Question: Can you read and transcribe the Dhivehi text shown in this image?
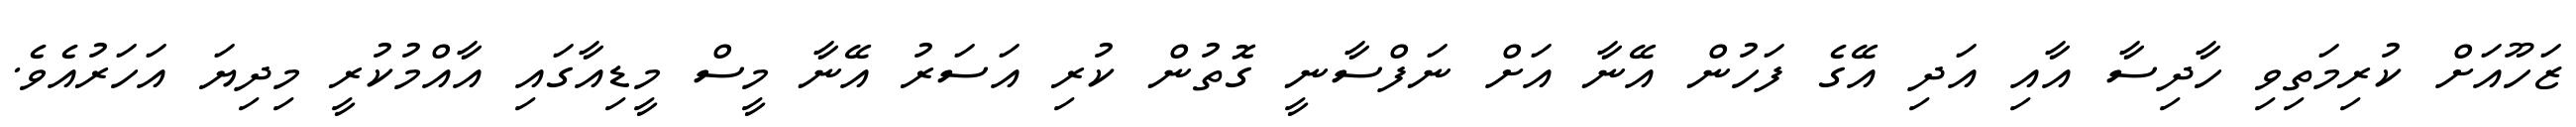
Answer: ޒަހޫއަށް ކުރިމަތިވި ހާދިސާ އާއި އަދި އޭގެ ފަހުން އޭނާ އަށް ނަފްސާނީ ގޮތުން ކުރި އަސަރު އޭނާ މީސް މީޑިއާގައި އާއްމުކުރީ މިދިޔަ އަހަރުއެވެ.